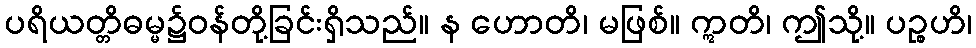
ပရိယတ္တိဓမ္မ၌ဝန်တို့ခြင်းရှိသည်။ န ဟောတိ၊ မဖြစ်။ ဣတိ၊ ဤသို့။ ပဉ္စဟိ၊